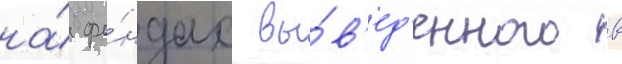
на́ фо́ндах вы́в'ед'енного в